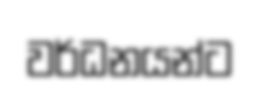
වර්ධනයන්ට